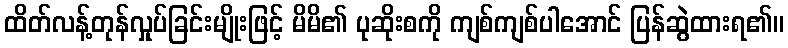
ထိတ်လန့်တုန်လှုပ်ခြင်းမျိုးဖြင့် မိမိ၏ ပုဆိုးစကို ကျစ်ကျစ်ပါအောင် ပြန်ဆွဲထားရ၏။